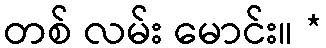
တစ် လမ်း မောင်း။ *